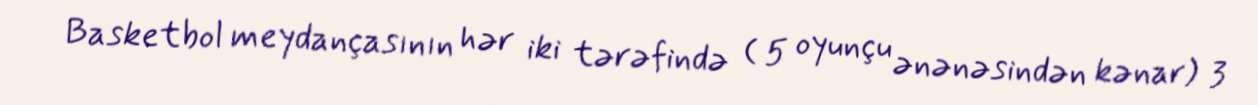
Basketbol meydançasının hər iki tərəfində ( 5 oyunçu ənənəsindən kənar) 3